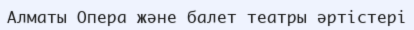
Алматы Опера және балет театры әртістері